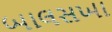
બાલસખા